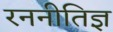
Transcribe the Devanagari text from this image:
रननीतिज्ञ